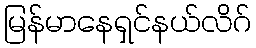
မြန်မာနေရှင်နယ်လိဂ်